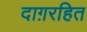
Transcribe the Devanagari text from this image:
दाग़रहित